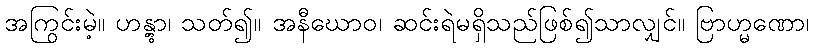
အကြွင်းမဲ့။ ဟန္တွာ၊ သတ်၍။ အနီဃောဝ၊ ဆင်းရဲမရှိသည်ဖြစ်၍သာလျှင်။ ဗြာဟ္မဏော၊